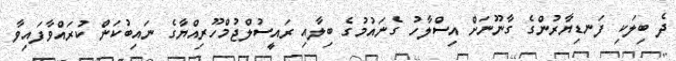
ދެ ބިލަކި ފަނޑިޔާރުންގެ ގާނޫނަށް އިސްލާހު ގެނައުމުގެ ބިލާއި ރައީސުލްޖުމްހޫރިއްޔާގެ ނައިބުކަން ކުރައްވާފައިވާ